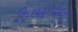
નિકાહવડોદરા